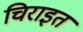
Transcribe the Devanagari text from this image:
चिराइत